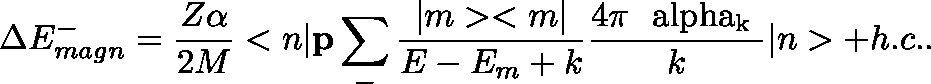
\Delta E _ { m a g n } ^ { - } = \frac { Z \alpha } { 2 M } < { n } | { \bf p } \sum _ { - } \frac { | m > < m | } { E - E _ { m } + k } \frac { 4 \pi \mathrm { \boldmath ~ \ a l p h a _ { k } ~ } } { k } | { n } > + h . c . .